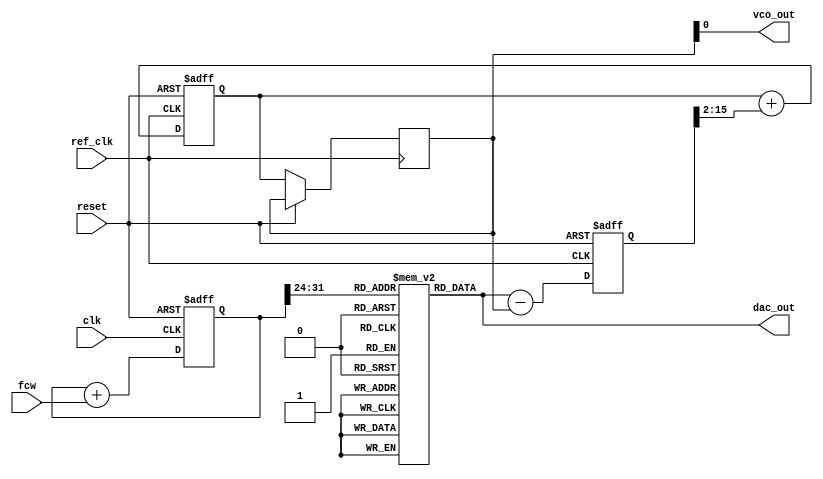
module DDS_PLL (
    input wire clk,             // System clock
    input wire reset,           // Reset signal
    input wire [31:0] fcw,      // Frequency control word
    output wire [15:0] dac_out, // DAC output
    input wire ref_clk,         // Reference clock for PLL
    output wire vco_out         // VCO output
);

    // Parameters
    localparam PHASE_WIDTH = 32; // Width of the phase accumulator
    localparam LUT_SIZE = 256;    // Size of the sine lookup table
    localparam LUT_ADDR_WIDTH = 8; // Address width for LUT

    // Phase accumulator
    reg [PHASE_WIDTH-1:0] phase_accumulator;

    // Sine wave lookup table
    reg [15:0] sine_lut [0:LUT_SIZE-1]; // 16-bit sine values

    // PLL components
    reg [15:0] phase_error;         // Phase error signal
    reg [15:0] vco_freq;            // VCO frequency
    wire [15:0] vco_out_temp;       // VCO output temporary variable

    // Initializing sine lookup table
    initial begin
        // Populate the sine_lut with precomputed sine values here.
        // For example:
        sine_lut[0] = 16'h0000;   // sin(0)
        sine_lut[1] = 16'h0C00;   // sin(45 degrees)
        // ... fill in the rest of the entries ...
        sine_lut[LUT_SIZE-1] = 16'h0000; // sin(360 degrees)
    end

    // Phase accumulator logic
    always @(posedge clk or posedge reset) begin
        if (reset) begin
            phase_accumulator <= 0;
        end else begin
            phase_accumulator <= phase_accumulator + fcw;
        end
    end

    // DAC output from the sine lookup table
    assign dac_out = sine_lut[phase_accumulator[PHASE_WIDTH-1:PHASE_WIDTH-LUT_ADDR_WIDTH]];

    // PLL implementation (simplified)
    always @(posedge ref_clk or posedge reset) begin
        if (reset) begin
            phase_error <= 0;
            vco_freq <= 0;
        end else begin
            // Phase detector (simplified)
            phase_error <= dac_out - vco_out_temp; // Error signal calculation (example)

            // Low-pass filter logic (simple averaging for demonstration)
            vco_freq <= vco_freq + (phase_error >> 2); // Adjust VCO frequency based on error
            
            // Voltage-controlled oscillator (VCO) output generation
            vco_out_temp <= vco_freq; // Simplified VCO output based on frequency
        end
    end

    assign vco_out = vco_out_temp; // Connect VCO output to the output port

endmodule